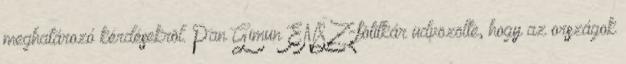
meghatározó kérdésekrõl. Pan Gimun ENSZ-fõtitkár üdvözölte, hogy az országok